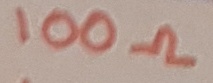
Text: 100Ω